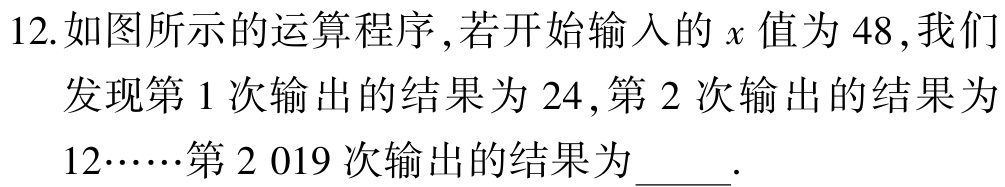
12.如图所示的运算程序,若开始输入的\(x\)值为\(48\),我们发现第\(1\)次输出的结果为\(24\),第\(2\)次输出的结果为\(12……\)第\(2 019\)次输出的结果为  .